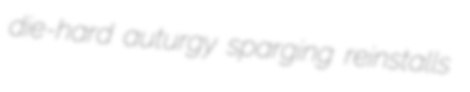
die-hard auturgy sparging reinstalls